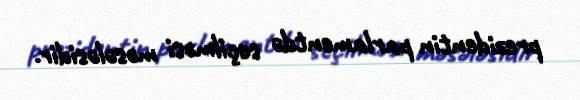
prezidentin parlamentdə seçilməsi məsələsidir.